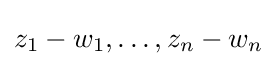
z_{1}-w_{1},\dots ,z_{n}-w_{n}